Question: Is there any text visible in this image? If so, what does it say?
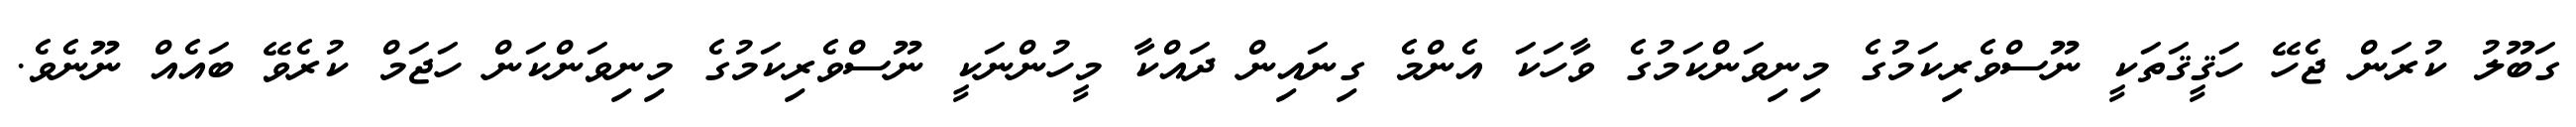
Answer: ގަބޫލު ކުރަން ޖެހޭ ހަޤީޤަތަކީ ނޫސްވެރިކަމުގެ މިނިވަންކަމުގެ ވާހަކަ އެންމެ ގިނައިން ދައްކާ މީހުންނަކީ ނޫސްވެރިކަމުގެ މިނިވަންކަން ހަޖަމް ކުރެވޭ ބައެއް ނޫނެވެ.